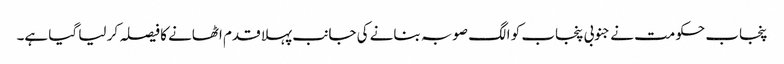
پنجاب حکومت نے جنوبی پنجاب کو الگ صوبہ بنانے کی جانب پہلا قدم اٹھانے کا فیصلہ کر لیا گیا ہے۔